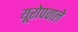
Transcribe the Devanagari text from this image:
यूरोपवाले